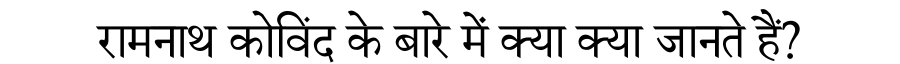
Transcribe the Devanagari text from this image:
रामनाथ कोविंद के बारे में क्या क्या जानते हैं?